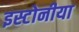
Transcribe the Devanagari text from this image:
इस्टोनीया